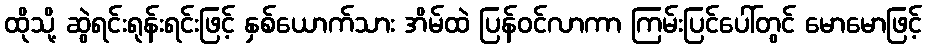
ထိုသို့ ဆွဲရင်းရုန်းရင်းဖြင့် နှစ်ယောက်သား အိမ်ထဲ ပြန်ဝင်လာကာ ကြမ်းပြင်ပေါ်တွင် မောမောဖြင့်